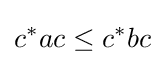
c^{*}ac\leq c^{*}bc